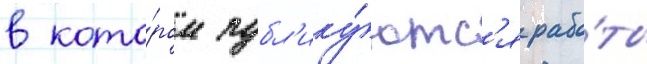
в кото́ром публ'ику́ютс'я рабо́ты